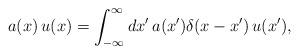
LaTeX: \begin{align*}a(x)\,u(x) = \int_{-\infty}^\infty dx'\,a(x')\delta(x-x')\,u(x'),\end{align*}